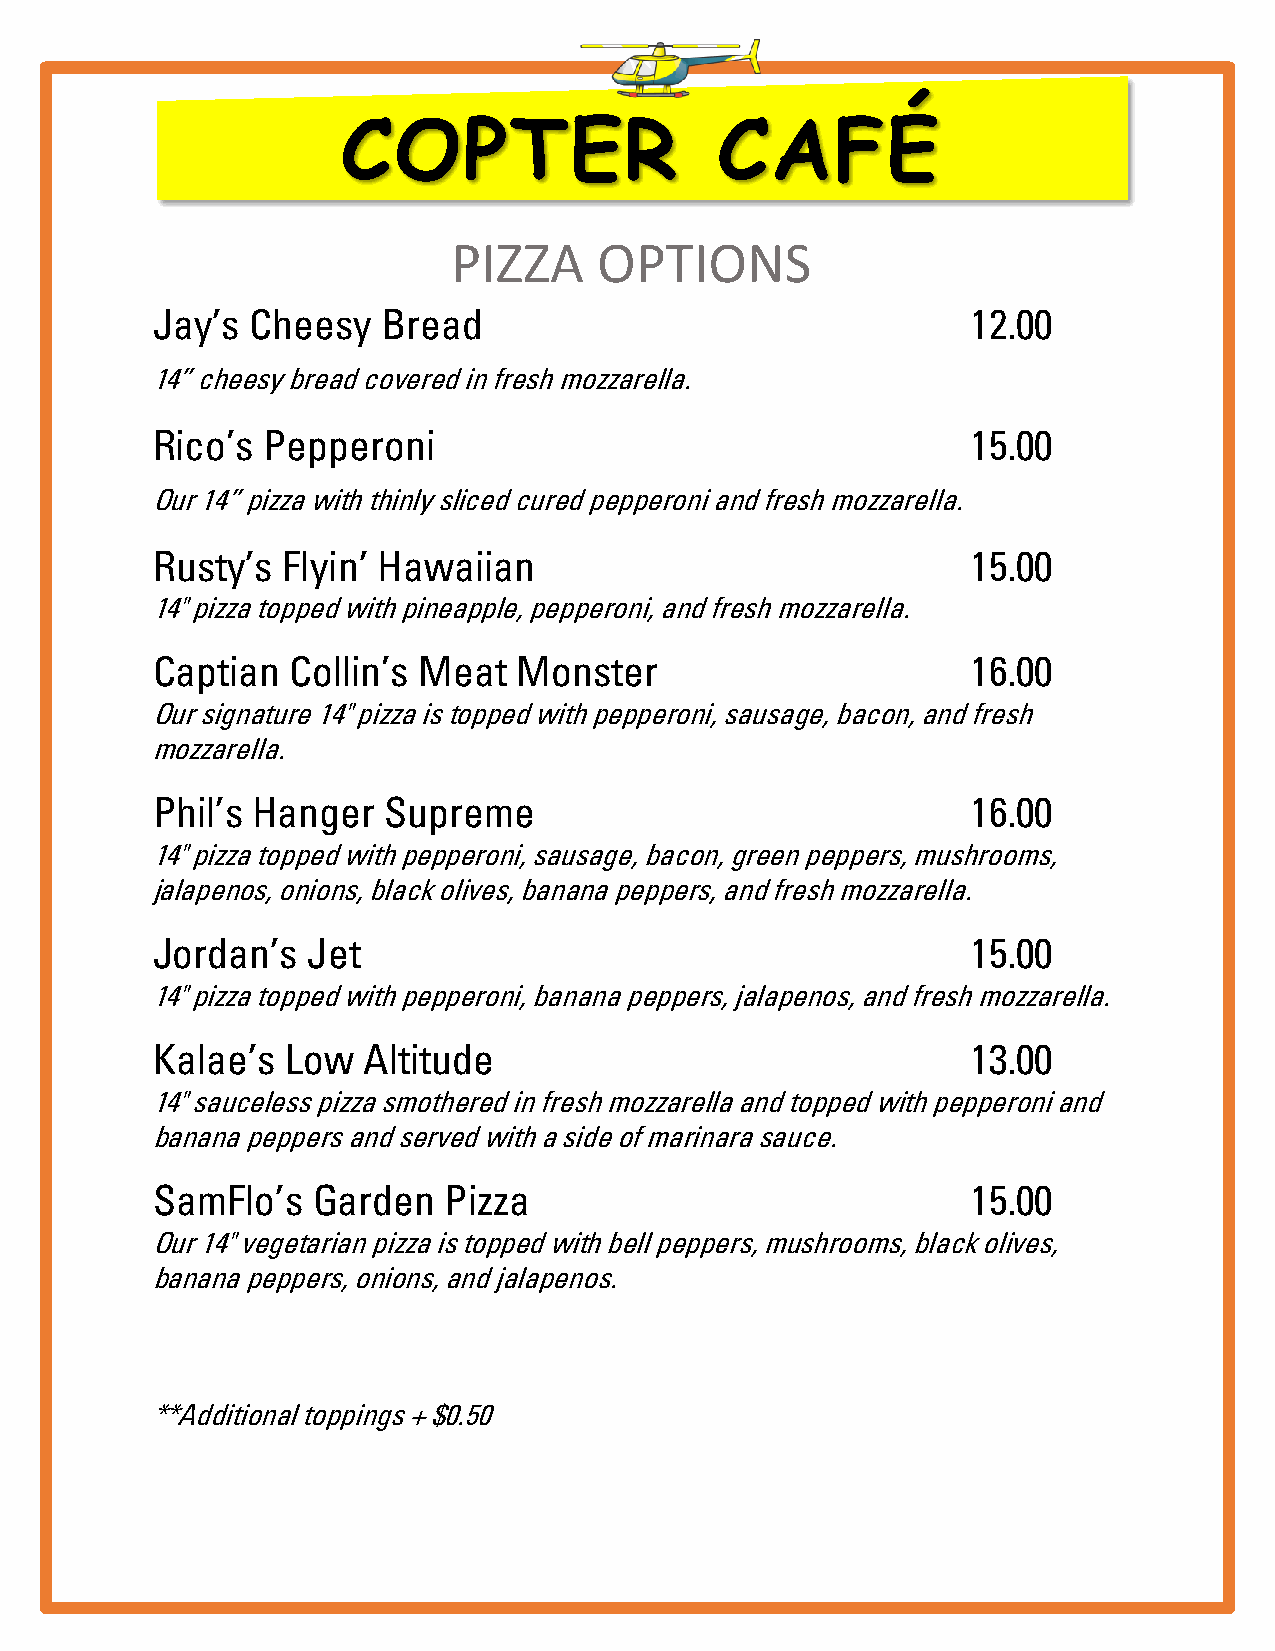
COPTER                  CAFÉ
 PIZZA     OPTIONS
 Jay’s  Cheesy  Bread                                  12.00
 14” cheesy bread covered in fresh mozzarella.
 Rico’s Pepperoni                                      15.00
 Our 14” pizza with thinly sliced cured pepperoni and fresh mozzarella.
 Rusty’s  Flyin’ Hawaiian                              15.00
 14" pizza topped with pineapple, pepperoni, and fresh mozzarella.
 Captian  Collin’s Meat  Monster                       16.00
 Our signature 14" pizza is topped with pepperoni, sausage, bacon, and fresh
 mozzarella.
 Phil’s Hanger  Supreme                                16.00
 14" pizza topped with pepperoni, sausage, bacon, green peppers, mushrooms,
 jalapenos, onions, black olives, banana peppers, and fresh mozzarella.
 Jordan’s  Jet                                         15.00
 14" pizza topped with pepperoni, banana peppers, jalapenos, and fresh mozzarella.
 Kalae’s  Low  Altitude                                13.00
 14" sauceless pizza smothered in fresh mozzarella and topped with pepperoni and
 banana peppers and served with a side of marinara sauce.
 SamFlo’s   Garden  Pizza                              15.00
 Our 14" vegetarian pizza is topped with bell peppers, mushrooms, black olives,
 banana peppers, onions, and jalapenos.
 **Additional toppings + $0.50